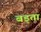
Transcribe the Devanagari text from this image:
बड्ता